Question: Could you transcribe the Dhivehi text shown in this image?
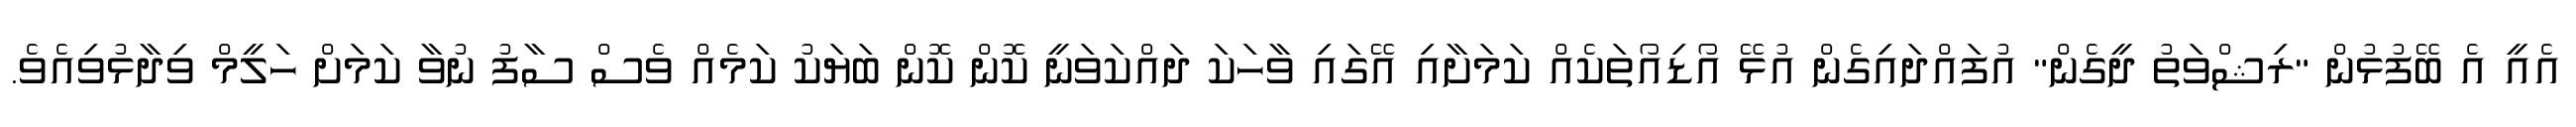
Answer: އެއީ އެ ބޭފުޅުން "ރިޝްވަތު ދީގެން" އުފައްދައިގެން އުޅޭ އޯޑިއޯތަކެއް ކަމަށާއި އޭގައި ވާހަކަ ދައްކަވަނީ ކޮން ކޮން ބަޔަކު ކަމެއް ވެސް ސާފު ނުވާ ކަމަށް ހަލީމް ވިދާޅުވިއެވެ.